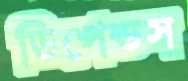
ডিপেন্ডস